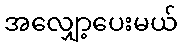
အလျှော့ပေးမယ်